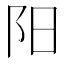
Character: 阳